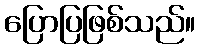
ပြောပြဖြစ်သည်။